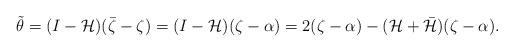
LaTeX: \begin{align*} \tilde{\theta}= (I-\mathcal{H})(\bar{\zeta}-\zeta)=(I-\mathcal{H})(\zeta-\alpha)=2(\zeta-\alpha)-(\mathcal{H}+\bar{\mathcal{H}})(\zeta-\alpha).\end{align*}